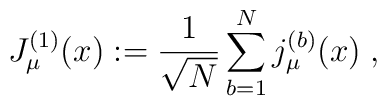
J^{(1)}_\mu(x) := \frac{1}{\sqrt{N}} \sum_{b=1}^N j^{(b)}_\mu(x) \; ,